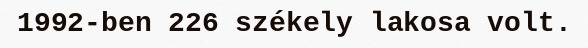
1992-ben 226 székely lakosa volt.